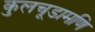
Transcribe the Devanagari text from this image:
कुलचूडामणि